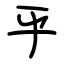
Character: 乎